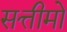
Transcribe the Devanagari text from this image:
सत्तीमो